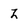
Character: Z